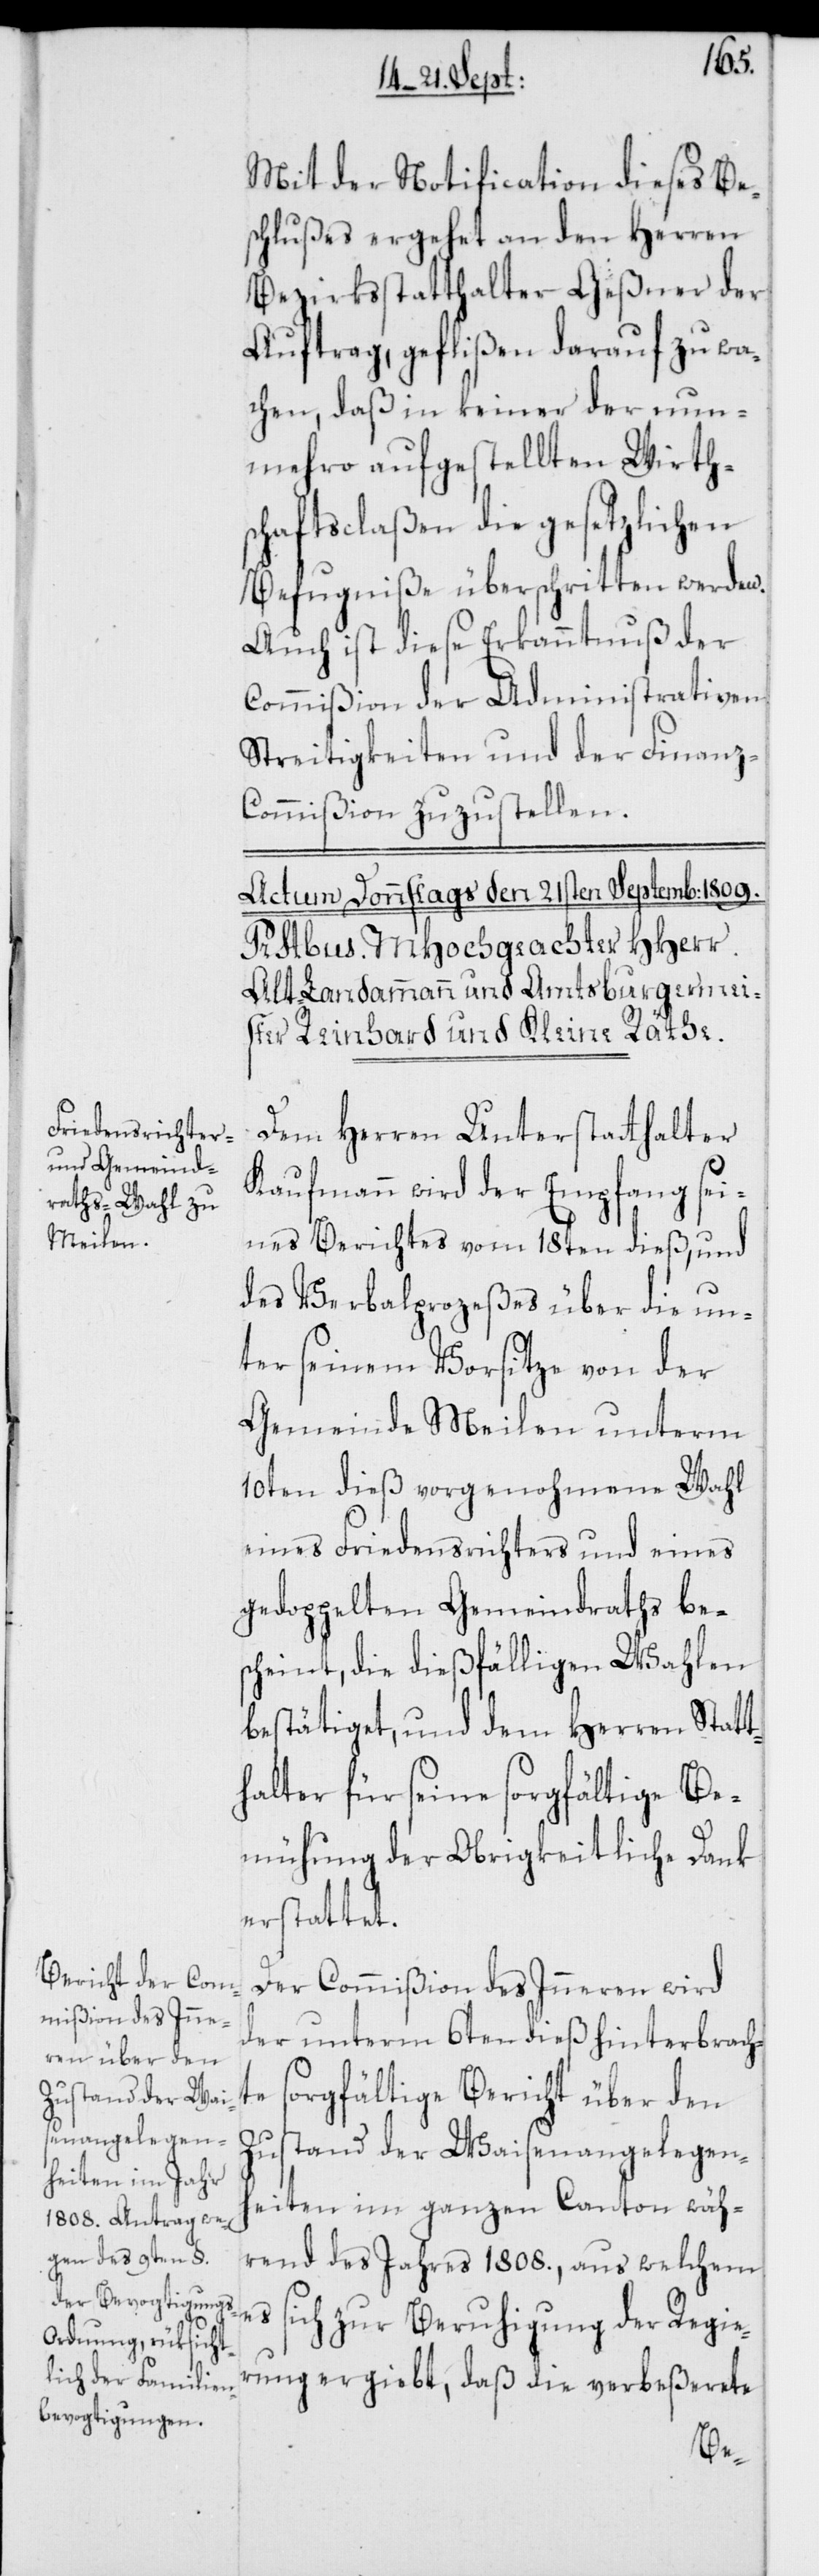
Mit der Notification dieses Bes¬
chlußes ergehet an den Herren
Bezirksstatthalter Geßner der
Auftrag, geflißen darauf zu wa¬
chen, daß in keiner der nun¬
mehro aufgestellten Wirths¬
chaftsclaßen die gesetzlichen
Befugniße überschritten werden.
Auch ist diese Erkanntnuß der
Commißion der Administrativen
Streitigkeiten und der Finanz-C¬
ommißion zuzustellen.
Dem Herren Unterstatthalter
Kaufmann wird der Empfang sei¬
nes Berichtes vom 18ten dieß, und
des Verbalprozeßes über die un¬
ter seinem Vorsitze von der
Gemeinde Meilen unterm
10ten dieß vorgenohmene Wahl
eines Friedensrichters und eines
gedoppelten Gemeindraths be¬
scheint, die dießfälligen Wahlen
bestätiget, und dem Herren Statt¬
halter für seine sorgfältige Be¬
mühung der Obrigkeitliche Dank
erstattet.
Der Commißion des Inneren wird
der unterm 6ten dieß hinterbrach¬
te sorgfältige Bericht über den
Zustand der Waisenangelegen¬
heiten im ganzen Canton wäh¬
rend des Jahres 1808., aus welchem
es sich zur Beruhigung der Regier¬
ung ergiebt, daß die verbeßerete